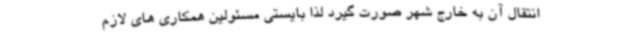
انتقال آن به خارج شهر صورت گیرد لذا بایستی مسئولین همکاری های لازم